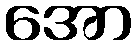
အော